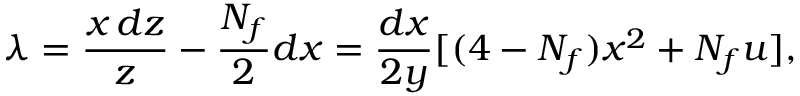
\lambda = \frac { x \, d z } { z } - \frac { N _ { f } } { 2 } d x = \frac { d x } { 2 y } [ ( 4 - N _ { f } ) x ^ { 2 } + N _ { f } u ] ,